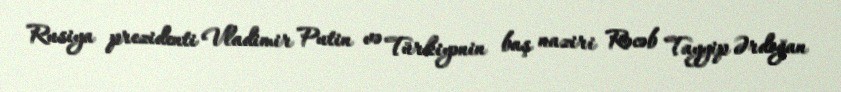
Rusiya prezidenti Vladimir Putin və Türkiyənin baş naziri Rəcəb Tayyip Ərdoğan